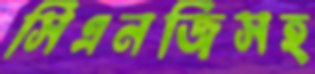
সিএনজিসহ